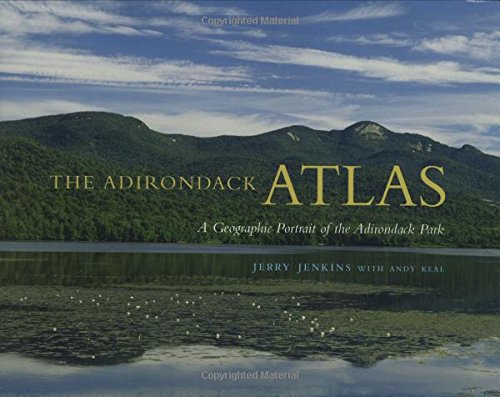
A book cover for The Adirondack Atlas: A Geographic Portrait of the Adirondack Park (Adirondack Museum Books); Jerry Jenkins; History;